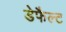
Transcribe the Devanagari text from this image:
डेफैल्ट